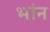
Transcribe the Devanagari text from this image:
भांन